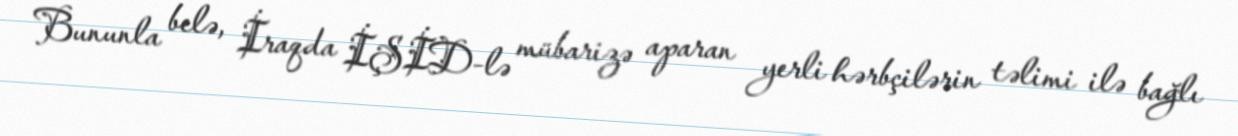
Bununla belə, İraqda İŞİD-lə mübarizə aparan yerli hərbçilərin təlimi ilə bağlı